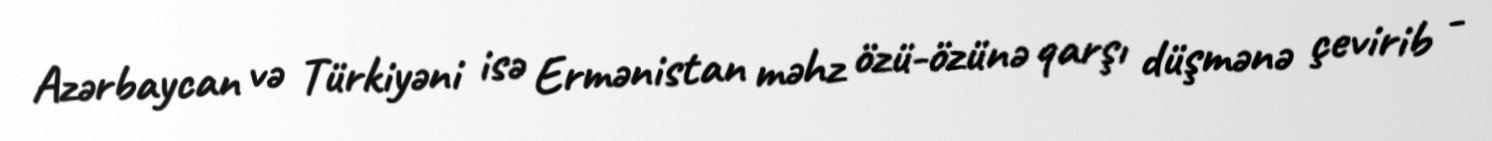
Azərbaycan və Türkiyəni isə Ermənistan məhz özü-özünə qarşı düşmənə çevirib -